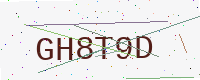
Text: GH8T9D